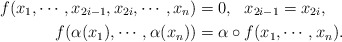
\begin{align*}f(x_{1}, \cdots, x_{2i-1}, x_{2i}, \cdots, x_{n})&=0, ~~ x_{2i-1}=x_{2i},\\f(\alpha(x_1), \cdots, \alpha(x_n))&=\alpha\circ f(x_{1}, \cdots, x_{n}).\end{align*}